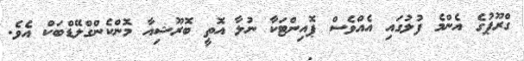
ގްރޫޕުގެ އެންމެ ފުލުގައި އެއްވެސް ޕޮއިންޓަކާ ނުލާ އޮތީ ބޮރޫޝިއާ މޮންކެންގްލޭޑްބަކް އެވެ.